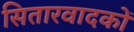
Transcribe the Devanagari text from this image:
सितारवादकों